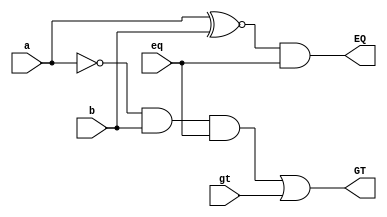
`timescale 1ns/1ns
module BCS(input a, b, eq, gt, output EQ, GT);
	wire j1, k1;
	assign #(12, 12) j1 = a ~^ b;
	assign #(12, 14) EQ = j1 & eq;
	assign #(12, 12) k1 = ~a & b & eq;
	assign #(12, 12) GT = k1 | gt;
endmodule